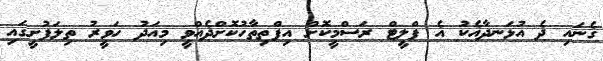
ގެނައި ދެ އުޅަނދާއެކު އެ ފްލީޓް ރަސްމީކޮށް އިފްތިތާހުކޮށްދެއްވީ މިއަދު ހަވީރު ތިލަފުށީގައި